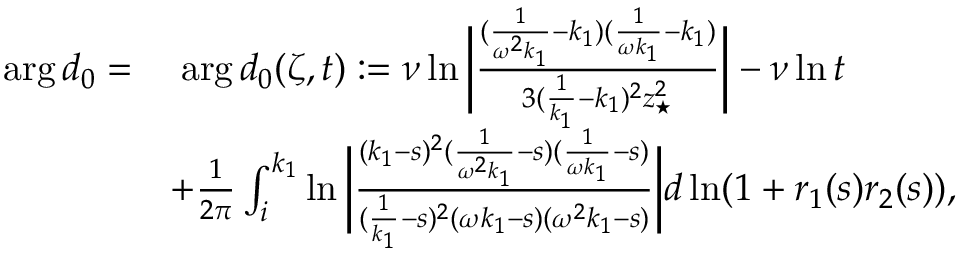
\begin{array} { r l } { \arg d _ { 0 } = } & { \; \arg d _ { 0 } ( \zeta , t ) : = \nu \ln \bigg | \frac { ( \frac { 1 } { \omega ^ { 2 } k _ { 1 } } - k _ { 1 } ) ( \frac { 1 } { \omega k _ { 1 } } - k _ { 1 } ) } { 3 ( \frac { 1 } { k _ { 1 } } - k _ { 1 } ) ^ { 2 } z _ { \star } ^ { 2 } } \bigg | - \nu \ln t } \\ & { + \frac { 1 } { 2 \pi } \int _ { i } ^ { k _ { 1 } } \ln \bigg | \frac { ( k _ { 1 } - s ) ^ { 2 } ( \frac { 1 } { \omega ^ { 2 } k _ { 1 } } - s ) ( \frac { 1 } { \omega k _ { 1 } } - s ) } { ( \frac { 1 } { k _ { 1 } } - s ) ^ { 2 } ( \omega k _ { 1 } - s ) ( \omega ^ { 2 } k _ { 1 } - s ) } \bigg | d \ln ( 1 + r _ { 1 } ( s ) r _ { 2 } ( s ) ) , } \end{array}